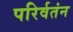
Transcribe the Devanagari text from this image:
परिर्वतंन